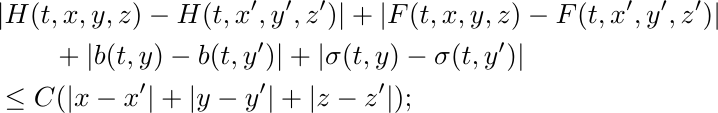
		\begin{align*}
			&|H(t,x,y,z)-H(t,x',y',z')|+|F(t,x,y,z)-F(t,x',y',z')|\\
			&\qquad+|b(t,y)-b(t,y')|+|\sigma(t,y)-\sigma(t,y')|
			\\
			&\leq C(|x-x'|+|y-y'|+|z-z'|);
		\end{align*}